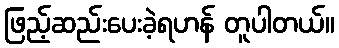
ဖြည့်ဆည်းပေးခဲ့ရဟန် တူပါတယ်။